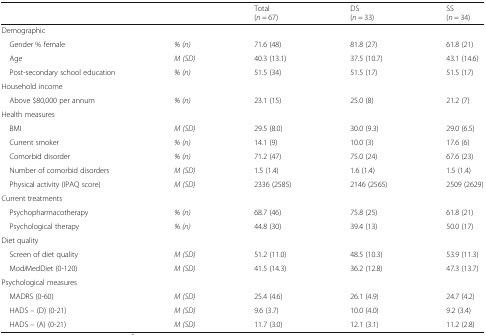
<table><thead><tr><td colspan="2"></td><td><b>Total (<i>n</i> = 67)</b></td><td><b>DS (<i>n</i> = 33)</b></td><td><b>SS (<i>n</i> = 34)</b></td></tr></thead><tbody><tr><td colspan="5">Demographic</td></tr><tr><td> Gender % female</td><td><i>% (n)</i></td><td>71.6 (48)</td><td>81.8 (27)</td><td>61.8 (21)</td></tr><tr><td> Age</td><td><i>M (SD)</i></td><td>40.3 (13.1)</td><td>37.5 (10.7)</td><td>43.1 (14.6)</td></tr><tr><td> Post-secondary school education</td><td><i>% (n)</i></td><td>51.5 (34)</td><td>51.5 (17)</td><td>51.5 (17)</td></tr><tr><td colspan="5">Household income</td></tr><tr><td> Above $80,000 per annum</td><td><i>% (n)</i></td><td>23.1 (15)</td><td>25.0 (8)</td><td>21.2 (7)</td></tr><tr><td colspan="5">Health measures</td></tr><tr><td> BMI</td><td><i>M (SD)</i></td><td>29.5 (8.0)</td><td>30.0 (9.3)</td><td>29.0 (6.5)</td></tr><tr><td> Current smoker</td><td><i>% (n)</i></td><td>14.1 (9)</td><td>10.0 (3)</td><td>17.6 (6)</td></tr><tr><td> Comorbid disorder</td><td><i>% (n)</i></td><td>71.2 (47)</td><td>75.0 (24)</td><td>67.6 (23)</td></tr><tr><td> Number of comorbid disorders</td><td><i>M (SD)</i></td><td>1.5 (1.4)</td><td>1.6 (1.4)</td><td>1.5 (1.4)</td></tr><tr><td> Physical activity (IPAQ score)</td><td><i>M (SD)</i></td><td>2336 (2585)</td><td>2146 (2565)</td><td>2509 (2629)</td></tr><tr><td colspan="5">Current treatments</td></tr><tr><td> Psychopharmacotherapy</td><td><i>% (n)</i></td><td>68.7 (46)</td><td>75.8 (25)</td><td>61.8 (21)</td></tr><tr><td> Psychological therapy</td><td><i>% (n)</i></td><td>44.8 (30)</td><td>39.4 (13)</td><td>50.0 (17)</td></tr><tr><td colspan="5">Diet quality</td></tr><tr><td> Screen of diet quality</td><td><i>M (SD)</i></td><td>51.2 (11.0)</td><td>48.5 (10.3)</td><td>53.9 (11.3)</td></tr><tr><td> Mod<i>i</i>MedDiet (0-120)</td><td><i>M (SD)</i></td><td>41.5 (14.3)</td><td>36.2 (12.8)</td><td>47.3 (13.7)</td></tr><tr><td colspan="5">Psychological measures</td></tr><tr><td> MADRS (0-60)</td><td><i>M (SD)</i></td><td>25.4 (4.6)</td><td>26.1 (4.9)</td><td>24.7 (4.2)</td></tr><tr><td> HADS – (D) (0-21)</td><td><i>M (SD)</i></td><td>9.6 (3.7)</td><td>10.0 (4.0)</td><td>9.2 (3.4)</td></tr><tr><td> HADS – (A) (0-21)</td><td><i>M (SD)</i></td><td>11.7 (3.0)</td><td>12.1 (3.1)</td><td>11.2 (2.8)</td></tr></tbody></table>